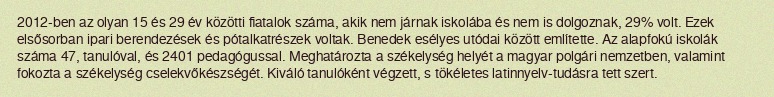
2012-ben az olyan 15 és 29 év közötti fiatalok száma, akik nem járnak iskolába és nem is dolgoznak, 29% volt. Ezek elsősorban ipari berendezések és pótalkatrészek voltak. Benedek esélyes utódai között említette. Az alapfokú iskolák száma 47, tanulóval, és 2401 pedagógussal. Meghatározta a székelység helyét a magyar polgári nemzetben, valamint fokozta a székelység cselekvőkészségét. Kiváló tanulóként végzett, s tökéletes latinnyelv-tudásra tett szert.